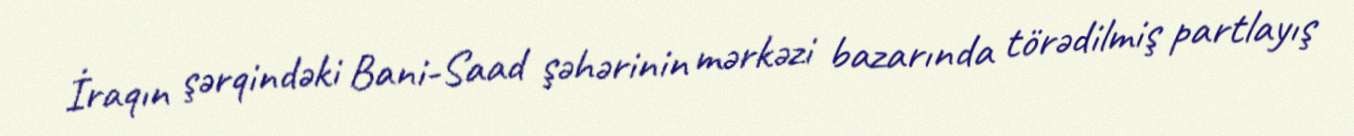
İraqın şərqindəki Bani-Saad şəhərinin mərkəzi bazarında törədilmiş partlayış